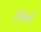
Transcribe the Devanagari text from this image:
रोबर्स